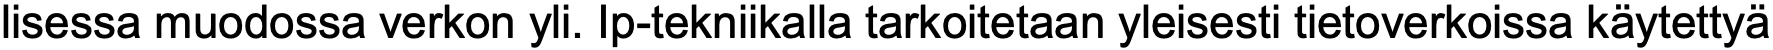
lisessa muodossa verkon yli. Ip-tekniikalla tarkoitetaan yleisesti tietoverkoissa käytettyä